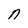
Character: n